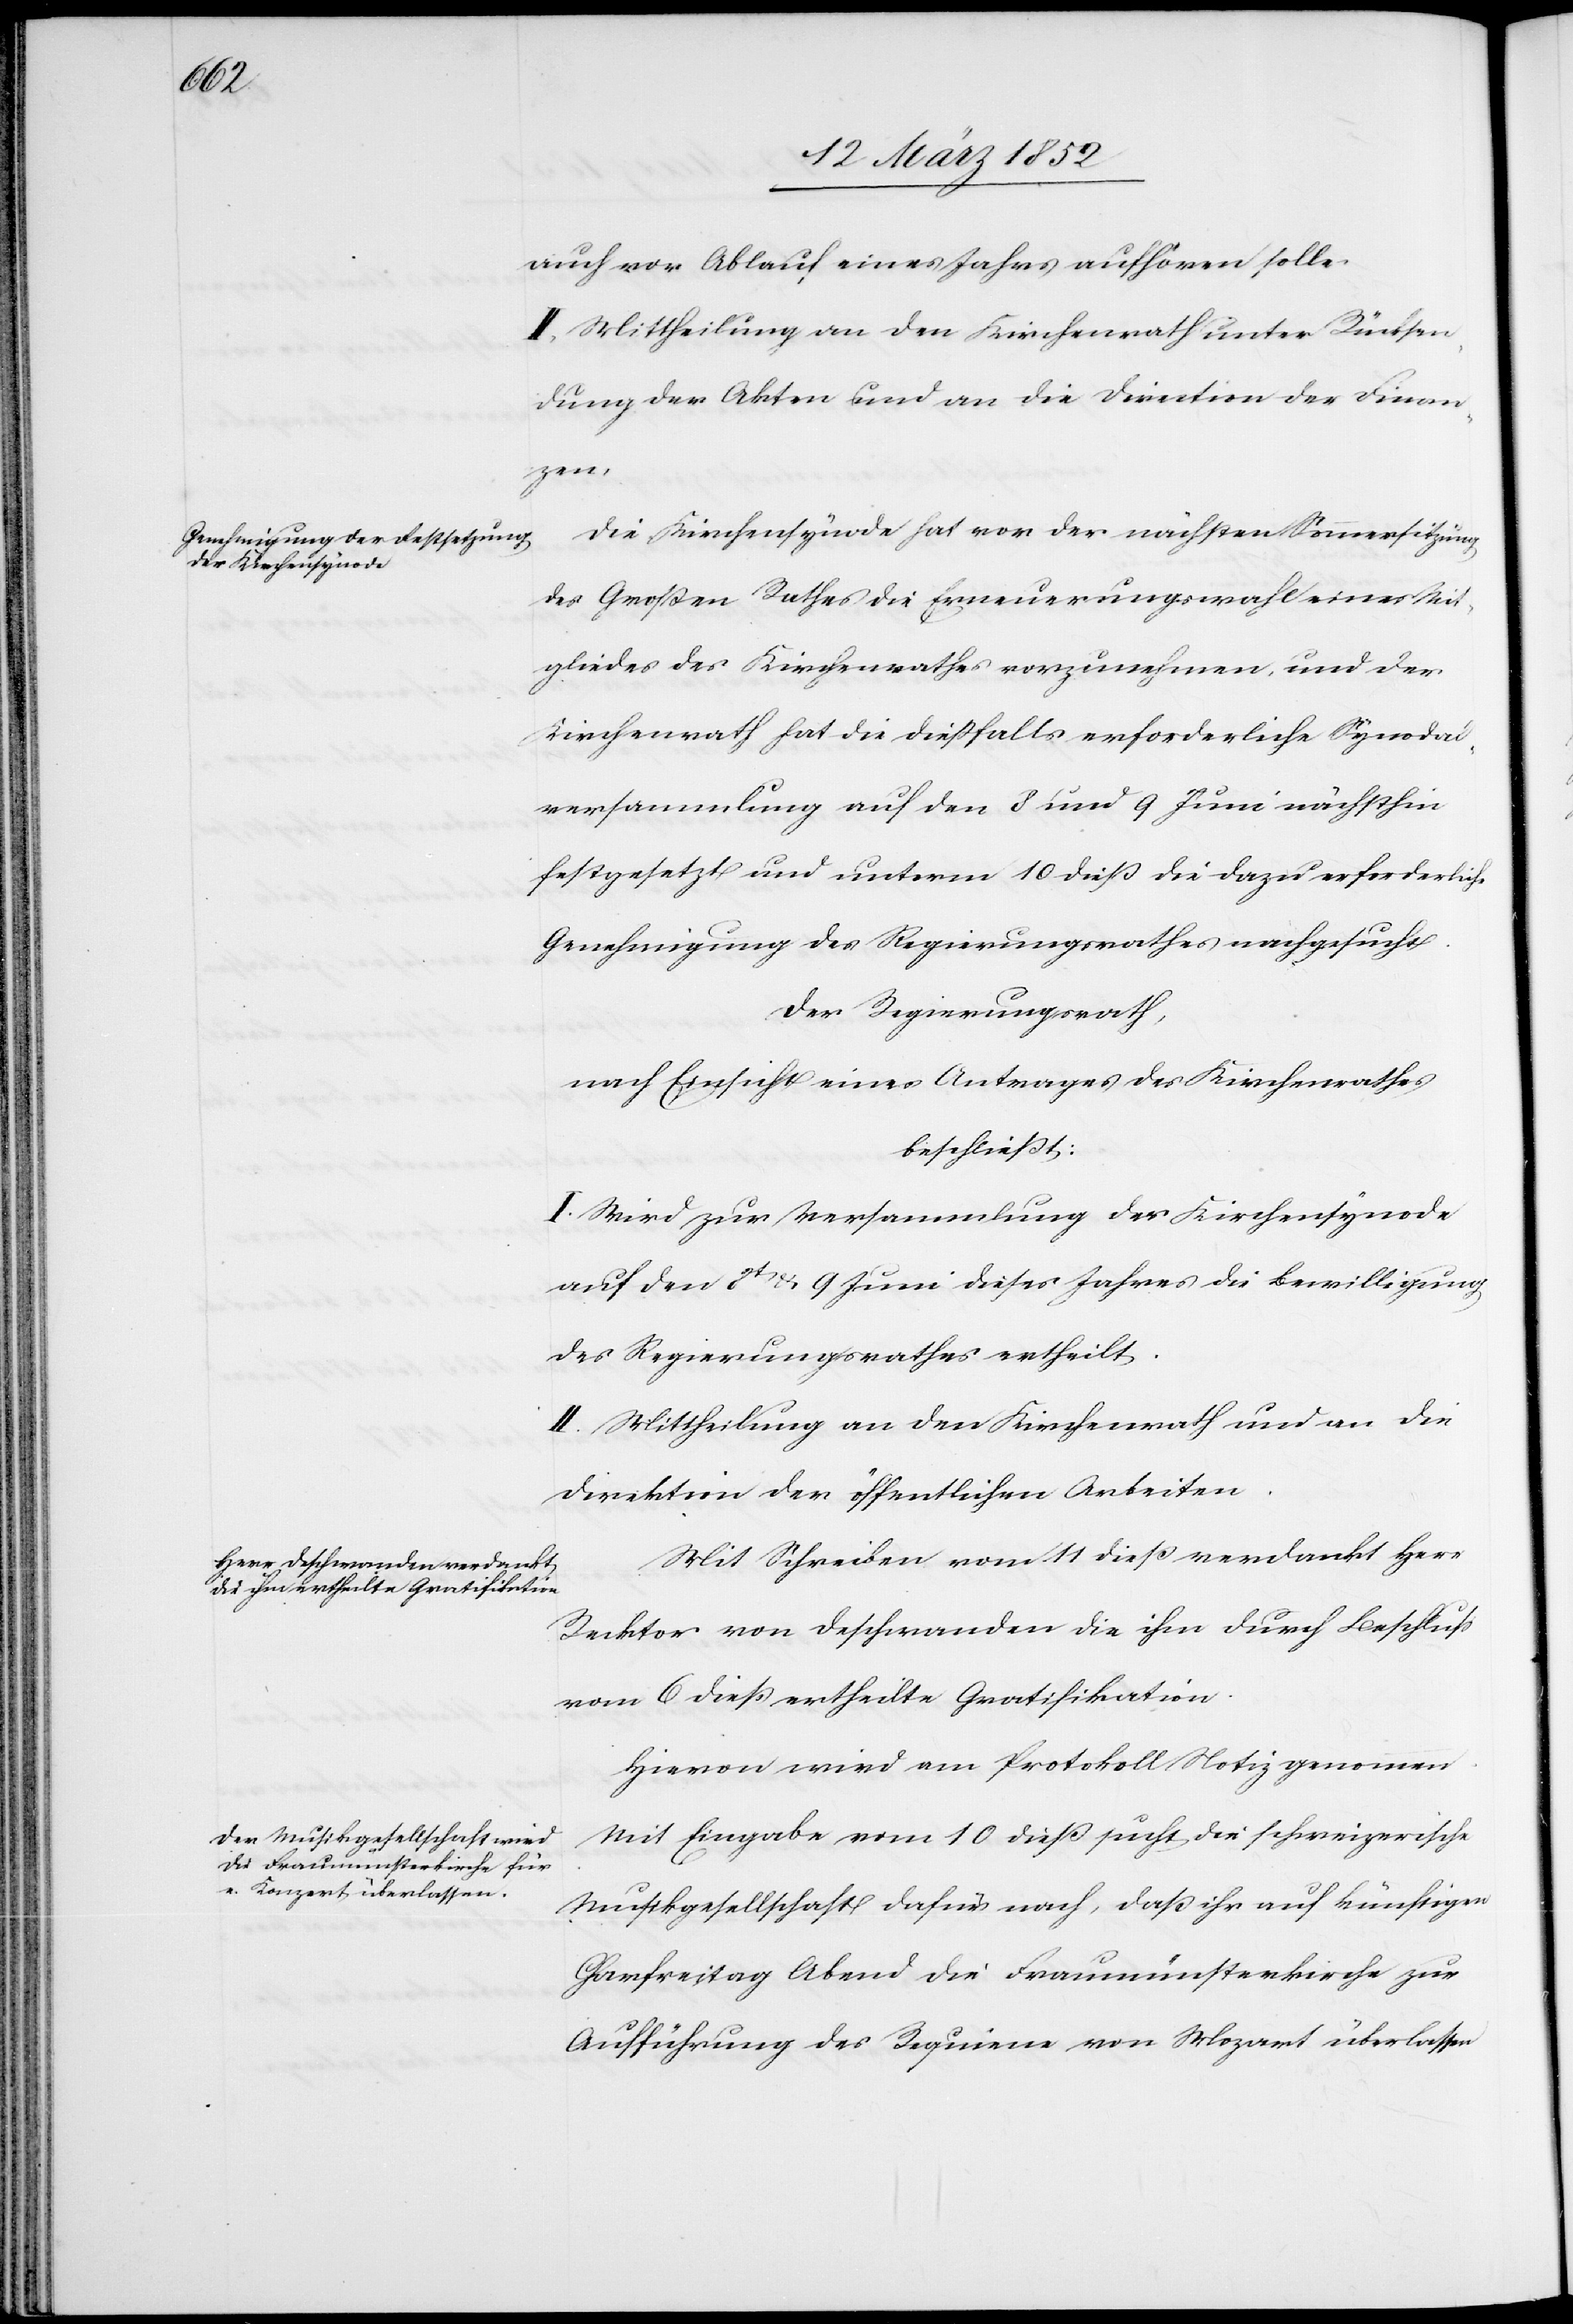
auch vor Ablauf eines Jahres aufhören solle.
II. Mittheilung an den Kriegsrath unter Rücksen¬
dung der Akten und an die Direction der Finan¬
zen.
Die Kirchenbehörde hat vor der nächsten Sommersitzung
des Großen Rathes die Erneuerungswahl eines Mit¬
gliedes des Kirchenrathes vorzunehmen, und der
Kirchenrath hat die dießfalls erforderliche Synodal¬
versammlung auf den 8 und 9 Juni nächsthin
festgesetzt und unterm 10 dieß die dazu erforderliche
Genehmigung des Regierungsrathes nachgesucht.
der Regierungsrath,
nach Einsicht eines Antrages des Kirchenrathes
beschließt:
I. Wird zur Versammlung der Kirchensynode
auf den 8t u. 9 Juni dieses Jahres die Bewilligung
des Regierungsrathes ertheilt.
II. Mittheilung an den Kirchenrath und an die
Direktion der öffentlichen Arbeiten.
Mit Schreiben vom 11 dieß verdankt Herr
Recktor von Deschwanden die ihm durch Beschluß
vom 6 dieß ertheilte Gratifikation.
Hievon wird am Protokoll Notiz genommen.
Mit Eingabe vom 10 dieß sucht die schweizerische
Musikgesellschaft dafür nach, daß ihr auf künftigen
Chorfreitag Abend die Fraumünsterkirche zur
Aufführung des Requiem von Mozart überlassen